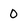
Character: 0